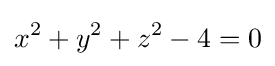
x^{2}+y^{2}+z^{2}-4=0